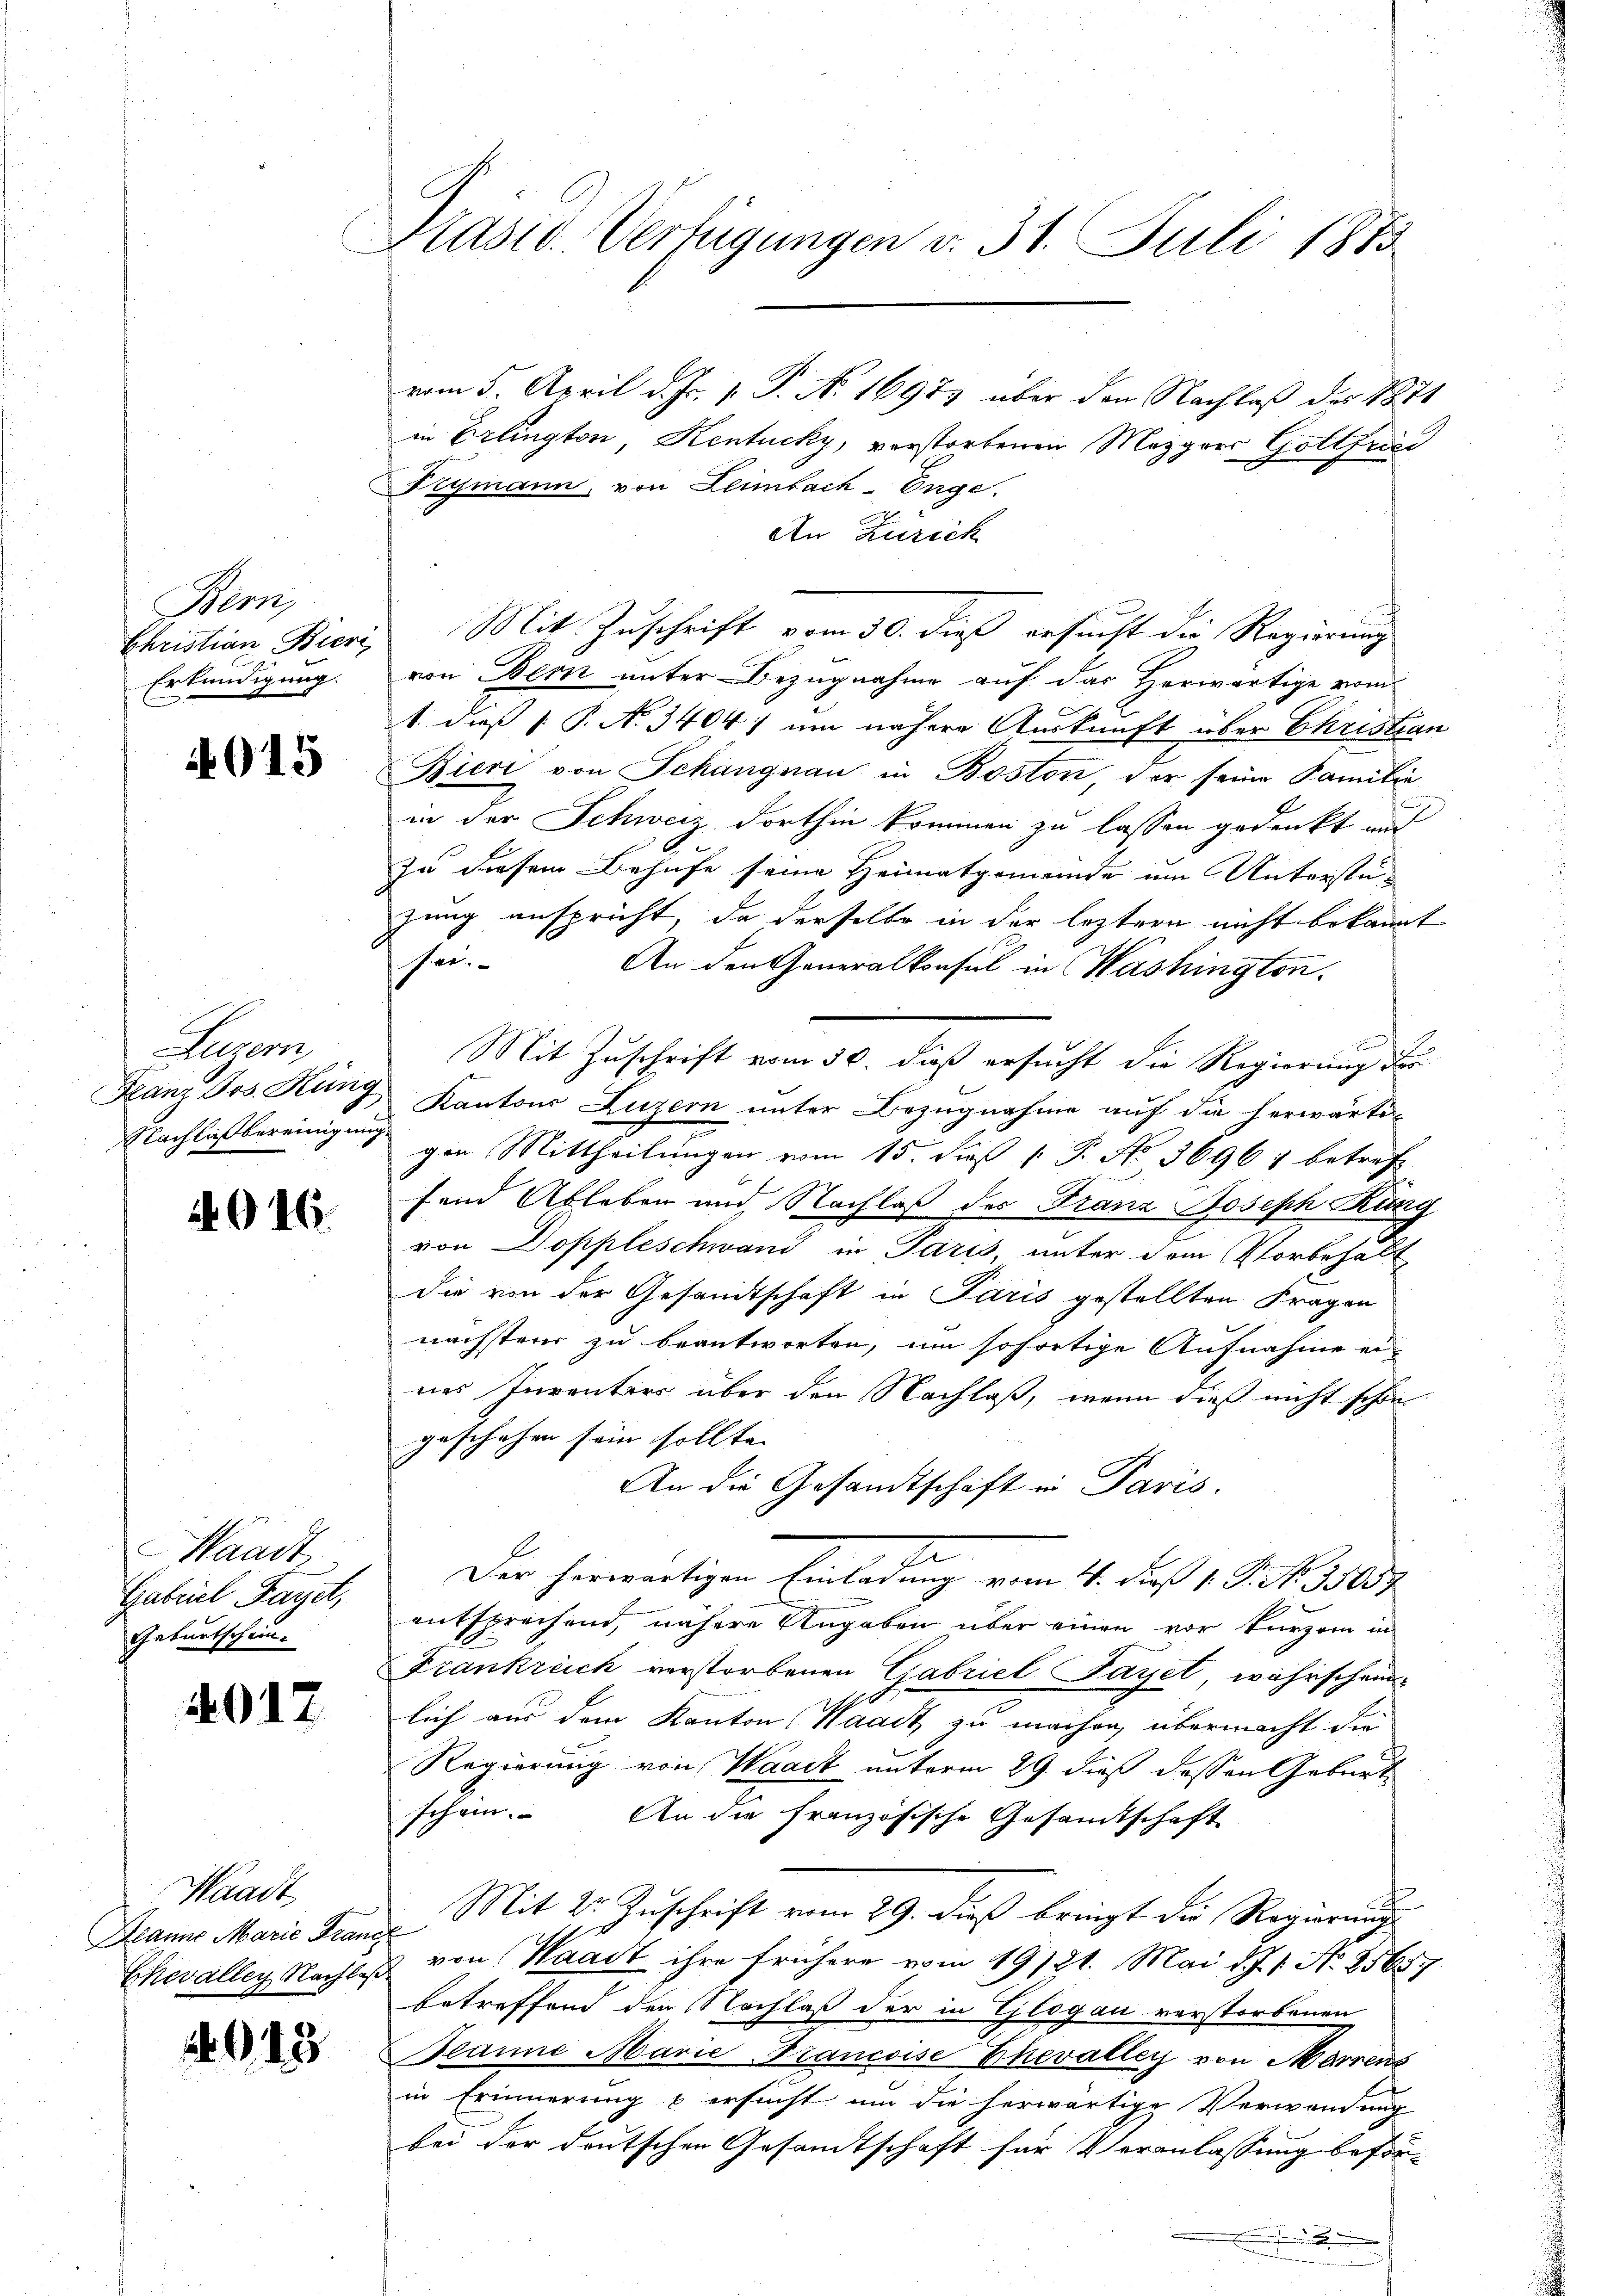
Mon
Erkundigung.

4015

Auten
Nachlaß bereinigung.

2916.

Waadt
Gabriel Fayet,
Geburtschein.

4017

Waadt,
Meanne Marie Franz

.43

Präsid. Verfügungen v. 31. Juli 1873.

vom 5. April d. Js. v. J. A. 1697) über den Nachlaß des 1871
in Erlington, Kentucky, verstorbenen Mezgers Gottfried
Frymann, von Leimbach-Enge.
An Zürich
Christian Bieri, Mit Zuschrift vom 30. dieß ersucht die Regierung
von Bem unter Bezugnahme auf das Herwärtige vom
1. dieß P. N. 3404) um nähere Auskunft über Christian
Bieri von Schangnau in Boston, der seine Familie
in der Schweiz dorthin kommen zu lassen gedenkt und
zu diesem Behufe seine Heimatgemeinde um Unterstüzung anspricht, da derselbe in der leztern nicht bekannt
sei-
An den Generalkonsul in Washington.
Mit Zuschrift vom 30. dieß ersucht die Regierung der
Franz Jos. Küng, Kantons Luzern unter Bezugnahme auf die herwärti-
.
gen Mittheilungen vom 15. Fuß [ P. No. 36961 betreff
fend Ableben und Nachlaß des Franz Joseph Rung
von Doppleschwand in Paris, unter dem Vorbehalt
die von der Gesandtschaft in Paris gestellten Fragen
nächstens zu beantworten, um sofortige Aufnahme ei-
nes Inventars über den Nachlaß, wenn dieß nicht schon
geschehen sein sollte. |
An die Gesandtschaft in Paris.
Der herwärtigen Einladung vom 4. Fuß 1. P. Nr. 35057
entsprechend, nähere Angaben über einen vor kurzem in
Frankreich verstorbenen Gabriel Fayet, währschein¬
6
lich aus dem Kanton Waadt zu machen, übermacht die
Regierung von Waadt unterm 29. dieß dessen Geburt
schen. An die französische Gesandtschaft
Mit 2 Zuschrift vom 29. dieß bringt die Regierung
Chevaller Nachtes von Waadt ihre frühere vom 19/21. Mai d. J. J. N. 25657
betreffend den Nachlaß der in Glogau verstorbenen
Banne Marie Francoise Ehevalley von Marrens
in Erinnerung & ersucht um die herwärtige Verwandung
bei der deutschen Gesandtschaft für Veranlassung beför¬
.